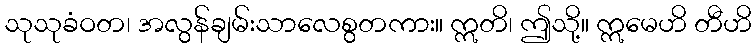
သုသုခံဝတ၊ အလွန်ချမ်းသာလေစွတကား။ ဣတိ၊ ဤသို့။ ဣမေဟိ တီဟိ